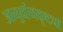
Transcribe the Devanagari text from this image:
आयुर्दायदृष्ट्या